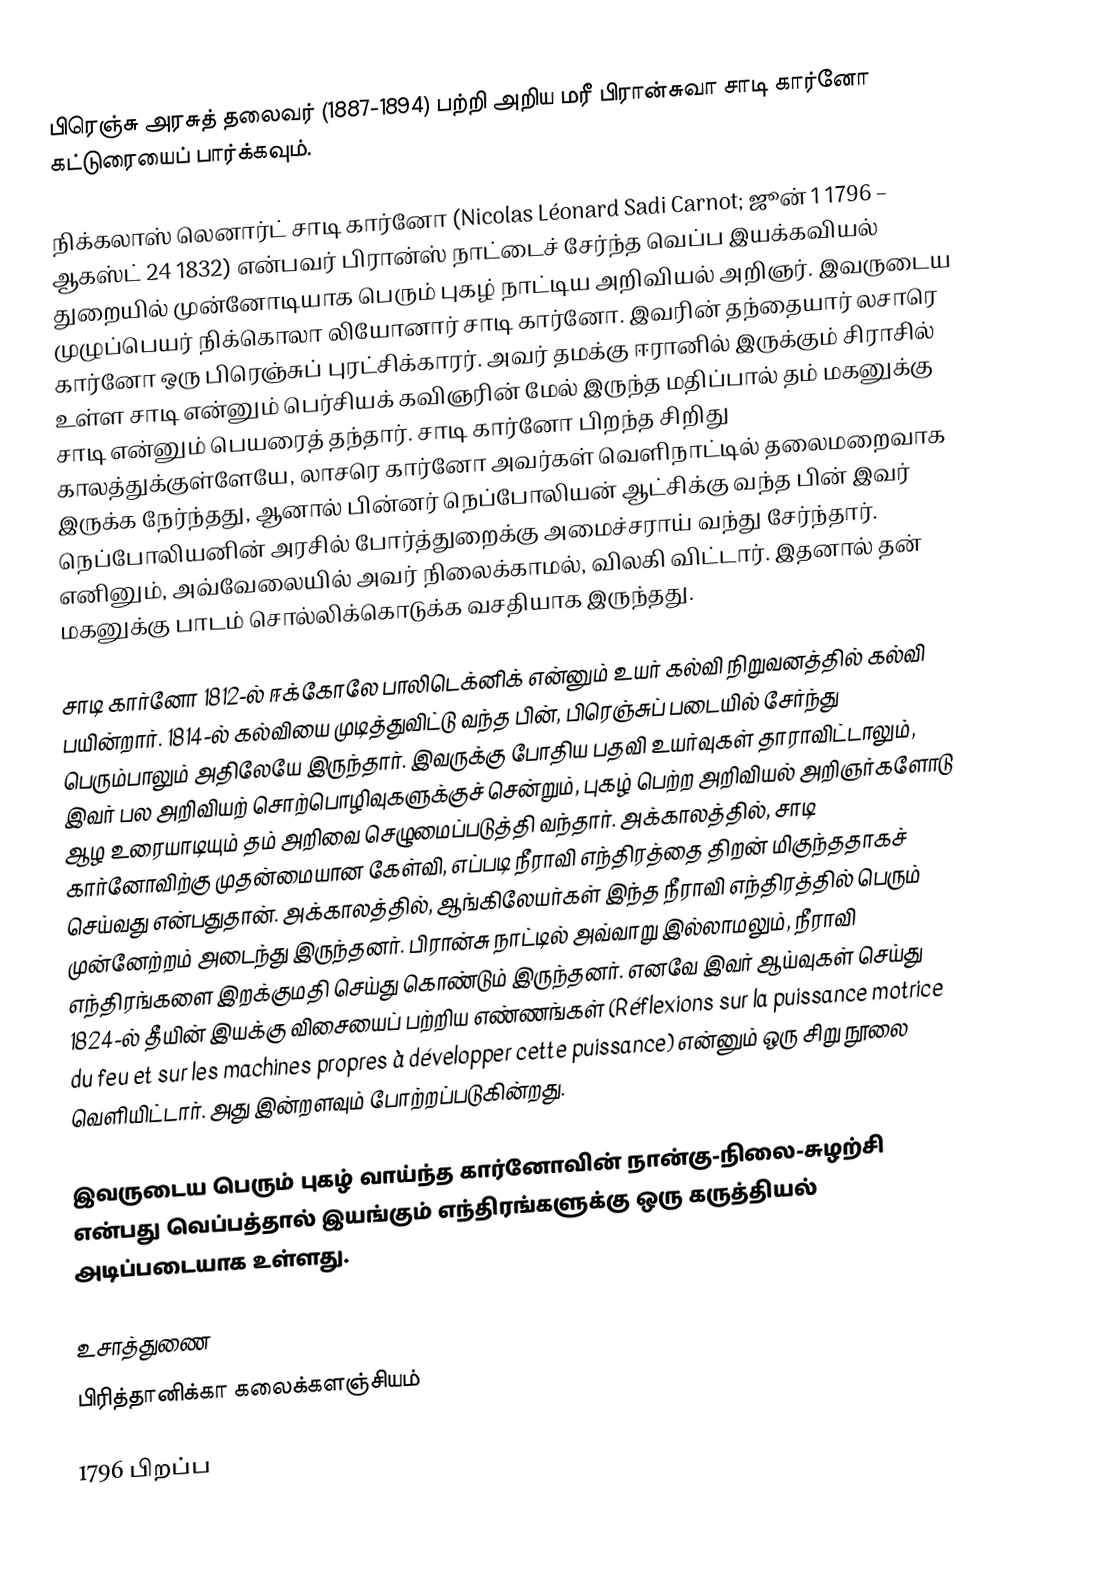
பிரெஞ்சு அரசுத் தலைவர் (1887-1894) பற்றி அறிய மரீ பிரான்சுவா சாடி கார்னோ கட்டுரையைப் பார்க்கவும்.

நிக்கலாஸ் லெனார்ட் சாடி கார்னோ (Nicolas Léonard Sadi Carnot; ஜூன் 1 1796 – ஆகஸ்ட் 24 1832) என்பவர் பிரான்ஸ் நாட்டைச் சேர்ந்த வெப்ப இயக்கவியல் துறையில் முன்னோடியாக பெரும் புகழ் நாட்டிய அறிவியல் அறிஞர். இவருடைய முழுப்பெயர் நிக்கொலா லியோனார் சாடி கார்னோ. இவரின் தந்தையார் லசாரெ கார்னோ ஒரு பிரெஞ்சுப் புரட்சிக்காரர். அவர் தமக்கு ஈரானில் இருக்கும் சிராசில் உள்ள சாடி என்னும் பெர்சியக் கவிஞரின் மேல் இருந்த மதிப்பால் தம் மகனுக்கு சாடி என்னும் பெயரைத் தந்தார். சாடி கார்னோ பிறந்த சிறிது காலத்துக்குள்ளேயே, லாசரெ கார்னோ அவர்கள் வெளிநாட்டில் தலைமறைவாக இருக்க நேர்ந்தது, ஆனால் பின்னர் நெப்போலியன் ஆட்சிக்கு வந்த பின் இவர் நெப்போலியனின் அரசில் போர்த்துறைக்கு அமைச்சராய் வந்து சேர்ந்தார். எனினும், அவ்வேலையில் அவர் நிலைக்காமல், விலகி விட்டார். இதனால் தன் மகனுக்கு பாடம் சொல்லிக்கொடுக்க வசதியாக இருந்தது.

சாடி கார்னோ 1812-ல் ஈக்கோலே பாலிடெக்னிக் என்னும் உயர் கல்வி நிறுவனத்தில் கல்வி பயின்றார். 1814-ல் கல்வியை முடித்துவிட்டு வந்த பின், பிரெஞ்சுப் படையில் சேர்ந்து பெரும்பாலும் அதிலேயே இருந்தார். இவருக்கு போதிய பதவி உயர்வுகள் தாராவிட்டாலும், இவர் பல அறிவியற் சொற்பொழிவுகளுக்குச் சென்றும், புகழ் பெற்ற அறிவியல் அறிஞர்களோடு ஆழ உரையாடியும் தம் அறிவை செழுமைப்படுத்தி வந்தார். அக்காலத்தில், சாடி கார்னோவிற்கு முதன்மையான கேள்வி, எப்படி நீராவி எந்திரத்தை திறன் மிகுந்ததாகச் செய்வது என்பதுதான். அக்காலத்தில், ஆங்கிலேயர்கள் இந்த நீராவி எந்திரத்தில் பெரும் முன்னேற்றம் அடைந்து இருந்தனர். பிரான்சு நாட்டில் அவ்வாறு இல்லாமலும், நீராவி எந்திரங்களை இறக்குமதி செய்து கொண்டும் இருந்தனர். எனவே இவர் ஆய்வுகள் செய்து 1824-ல் தீயின் இயக்கு விசையைப் பற்றிய எண்ணங்கள் (Réflexions sur la puissance motrice du feu et sur les machines propres à développer cette puissance) என்னும் ஒரு சிறு நூலை வெளியிட்டார். அது இன்றளவும் போற்றப்படுகின்றது.

இவருடைய பெரும் புகழ் வாய்ந்த கார்னோவின் நான்கு-நிலை-சுழற்சி என்பது வெப்பத்தால் இயங்கும் எந்திரங்களுக்கு ஒரு கருத்தியல் அடிப்படையாக உள்ளது.

உசாத்துணை
 பிரித்தானிக்கா கலைக்களஞ்சியம்

1796 பிறப்ப